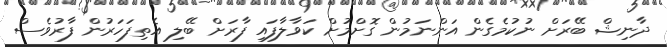
ދާނިޝް ބޭރަށް ނުކުމެގެން އަންނަމުން ގޮށްމުށް ކަވާލާފައި ފާރަށް ބޭލި އެތިފަހަރުން ފާރުވެސް